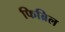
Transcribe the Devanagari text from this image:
फिब्रिल